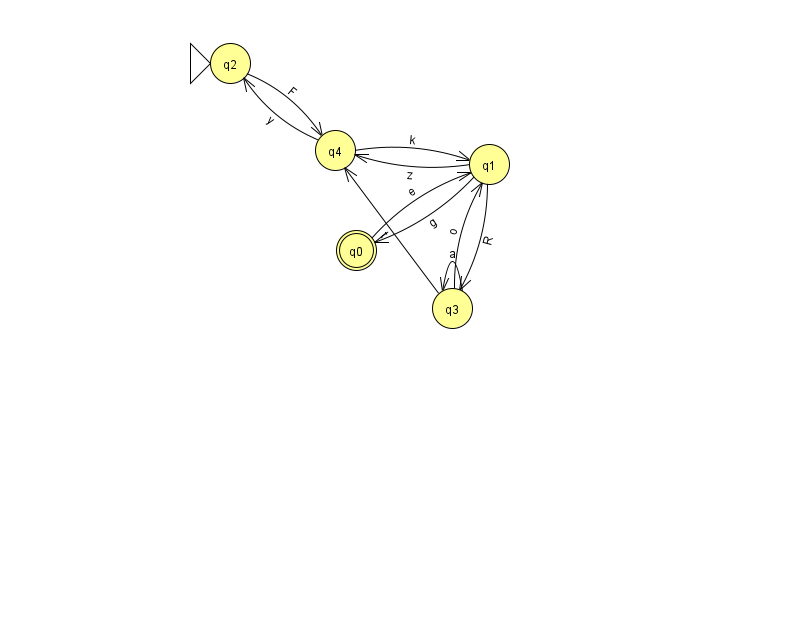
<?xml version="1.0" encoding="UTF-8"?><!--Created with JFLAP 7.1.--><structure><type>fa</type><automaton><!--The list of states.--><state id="0" name="q0"><x>356.0</x><y>237.0</y><final/></state><state id="1" name="q1"><x>489.0</x><y>151.0</y></state><state id="2" name="q2"><x>230.0</x><y>50.0</y><initial/></state><state id="3" name="q3"><x>452.0</x><y>295.0</y></state><state id="4" name="q4"><x>335.0</x><y>137.0</y></state><!--The list of transitions.--><transition><from>3</from><to>3</to><read>a</read></transition><transition><from>1</from><to>4</to><read>z</read></transition><transition><from>2</from><to>4</to><read>F</read></transition><transition><from>4</from><to>1</to><read>k</read></transition><transition><from>1</from><to>3</to><read>R</read></transition><transition><from>1</from><to>0</to><read>g</read></transition><transition><from>3</from><to>4</to><read>t</read></transition><transition><from>3</from><to>1</to><read>o</read></transition><transition><from>0</from><to>1</to><read>e</read></transition><transition><from>4</from><to>2</to><read>y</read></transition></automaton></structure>